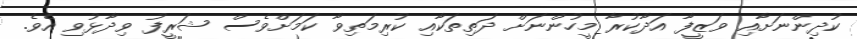
ކުދިންނަށާއި ވަޒީފާ އަދާކުރާ މީހުންނަށް ދަތިތަކާއި ކުރިމަތިވާ ކަމަށްވެސް ޝަރީފު ވިދާޅުވި އެވެ.